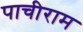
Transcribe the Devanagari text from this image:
पाचीराम